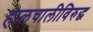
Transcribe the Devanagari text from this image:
हालचालीविरुद्ध